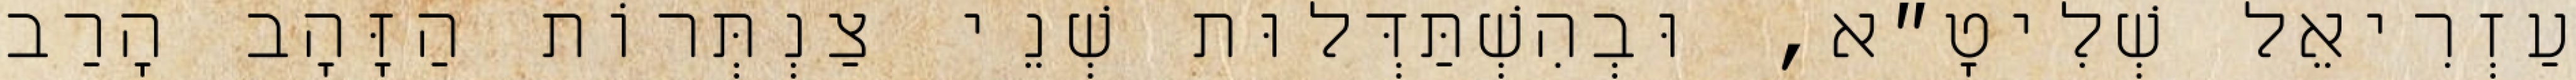
עַזְרִיאֵל שְׁלִיטָ״א, וּבְהִשְׁתַּדְּלוּת שְׁנֵי צַנְתְּרוֹת הַזָּהָב הָרַב